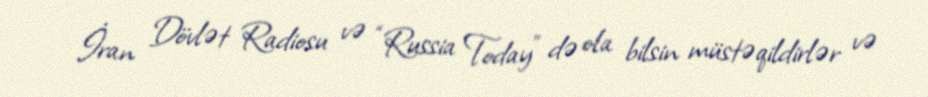
İran Dövlət Radiosu və “Russia Today” də ola bilsin müstəqildirlər və